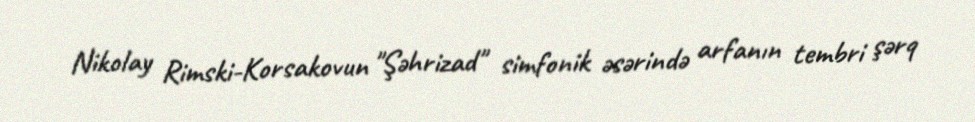
Nikolay Rimski-Korsakovun "Şəhrizad" simfonik əsərində arfanın tembri şərq